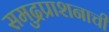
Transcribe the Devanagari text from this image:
समुद्रप्राशनाची